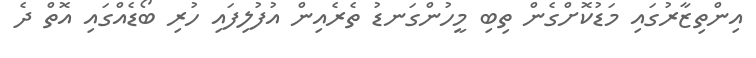
އިންތިޒާރުގައި މަޑުކޮށްގެން ތިބި މީހުންގަނޑު ތެރެއިން އުފުލިފައި ހުރި ބޯޑެއްގައި އޮތް ދެ